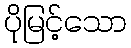
ပိုမြင့်သော